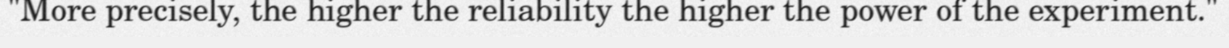
"More precisely, the higher the reliability the higher the power of the experiment."